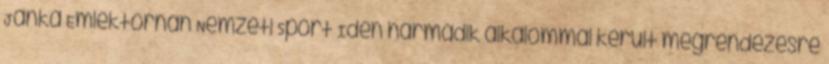
Janka Emléktornán Nemzeti Sport Idén harmadik alkalommal került megrendezésre